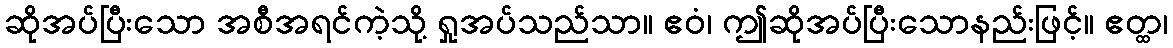
ဆိုအပ်ပြီးသော အစီအရင်ကဲ့သို့ ရှုအပ်သည်သာ။ ဧဝံ၊ ဤဆိုအပ်ပြီးသောနည်းဖြင့်။ ဧတ္ထ၊